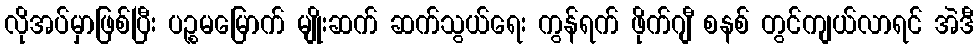
လိုအပ်မှာဖြစ်ပြီး ပဉ္စမမြောက် မျိုးဆက် ဆက်သွယ်ရေး ကွန်ရက် ဖိုက်ဂျီ စနစ် တွင်ကျယ်လာရင် အဲဒီ